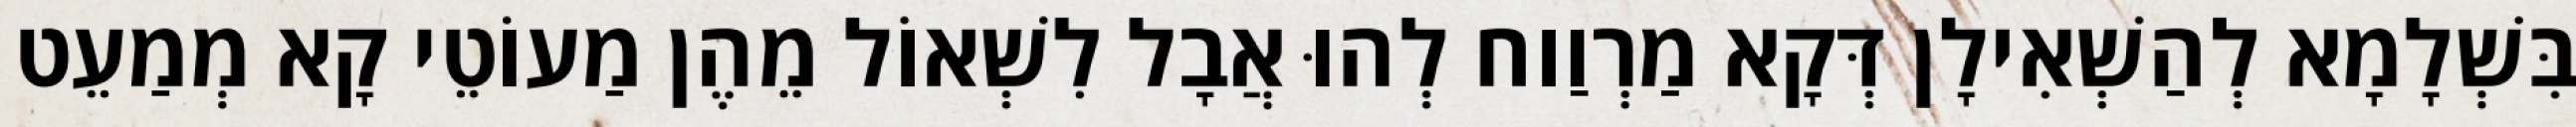
בִּשְׁלָמָא לְהַשְׁאִילָן דְּקָא מַרְוַוח לְהוּ אֲבָל לִשְׁאוֹל מֵהֶן מַעוֹטֵי קָא מְמַעֵט